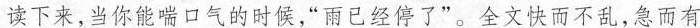
读下来，当你能喘口气的时候，“雨已经停了”。全文快而不乱，急而有